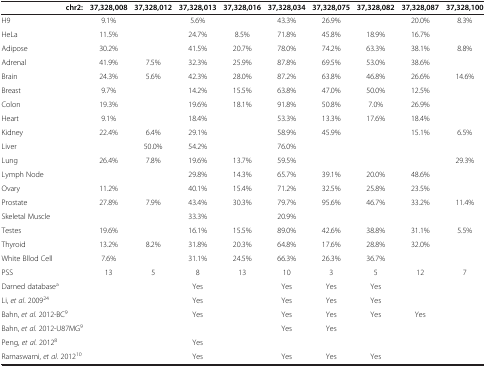
<table><thead><tr><td><b>chr2:</b></td><td><b>37,328,008</b></td><td><b>37,328,012</b></td><td><b>37,328,013</b></td><td><b>37,328,016</b></td><td><b>37,328,034</b></td><td><b>37,328,075</b></td><td><b>37,328,082</b></td><td><b>37,328,087</b></td><td><b>37,328,100</b></td></tr></thead><tbody><tr><td>H9</td><td>9.1%</td><td> </td><td>5.6%</td><td> </td><td>43.3%</td><td>26.9%</td><td> </td><td>20.0%</td><td>8.3%</td></tr><tr><td>HeLa</td><td>11.5%</td><td> </td><td>24.7%</td><td>8.5%</td><td>71.8%</td><td>45.8%</td><td>18.9%</td><td>16.7%</td><td> </td></tr><tr><td>Adipose</td><td>30.2%</td><td> </td><td>41.5%</td><td>20.7%</td><td>78.0%</td><td>74.2%</td><td>63.3%</td><td>38.1%</td><td>8.8%</td></tr><tr><td>Adrenal</td><td>41.9%</td><td>7.5%</td><td>32.3%</td><td>25.9%</td><td>87.8%</td><td>69.5%</td><td>53.0%</td><td>38.6%</td><td> </td></tr><tr><td>Brain</td><td>24.3%</td><td>5.6%</td><td>42.3%</td><td>28.0%</td><td>87.2%</td><td>63.8%</td><td>46.8%</td><td>26.6%</td><td>14.6%</td></tr><tr><td>Breast</td><td>9.7%</td><td> </td><td>14.2%</td><td>15.5%</td><td>63.8%</td><td>47.0%</td><td>50.0%</td><td>12.5%</td><td> </td></tr><tr><td>Colon</td><td>19.3%</td><td> </td><td>19.6%</td><td>18.1%</td><td>91.8%</td><td>50.8%</td><td>7.0%</td><td>26.9%</td><td> </td></tr><tr><td>Heart</td><td>9.1%</td><td> </td><td>18.4%</td><td> </td><td>53.3%</td><td>13.3%</td><td>17.6%</td><td>18.4%</td><td> </td></tr><tr><td>Kidney</td><td>22.4%</td><td>6.4%</td><td>29.1%</td><td> </td><td>58.9%</td><td>45.9%</td><td> </td><td>15.1%</td><td>6.5%</td></tr><tr><td>Liver</td><td> </td><td>50.0%</td><td>54.2%</td><td> </td><td>76.0%</td><td> </td><td> </td><td> </td><td> </td></tr><tr><td>Lung</td><td>26.4%</td><td>7.8%</td><td>19.6%</td><td>13.7%</td><td>59.5%</td><td> </td><td> </td><td> </td><td>29.3%</td></tr><tr><td>Lymph Node</td><td> </td><td> </td><td>29.8%</td><td>14.3%</td><td>65.7%</td><td>39.1%</td><td>20.0%</td><td>48.6%</td><td> </td></tr><tr><td>Ovary</td><td>11.2%</td><td> </td><td>40.1%</td><td>15.4%</td><td>71.2%</td><td>32.5%</td><td>25.8%</td><td>23.5%</td><td> </td></tr><tr><td>Prostate</td><td>27.8%</td><td>7.9%</td><td>43.4%</td><td>30.3%</td><td>79.7%</td><td>95.6%</td><td>46.7%</td><td>33.2%</td><td>11.4%</td></tr><tr><td>Skeletal Muscle</td><td> </td><td> </td><td>33.3%</td><td> </td><td>20.9%</td><td> </td><td> </td><td> </td><td> </td></tr><tr><td>Testes</td><td>19.6%</td><td> </td><td>16.1%</td><td>15.5%</td><td>89.0%</td><td>42.6%</td><td>38.8%</td><td>31.1%</td><td>5.5%</td></tr><tr><td>Thyroid</td><td>13.2%</td><td>8.2%</td><td>31.8%</td><td>20.3%</td><td>64.8%</td><td>17.6%</td><td>28.8%</td><td>32.0%</td><td> </td></tr><tr><td>White Bllod Cell</td><td>7.6%</td><td> </td><td>31.1%</td><td>24.5%</td><td>66.3%</td><td>26.3%</td><td>36.7%</td><td> </td><td> </td></tr><tr><td>PSS</td><td>13</td><td>5</td><td>8</td><td>13</td><td>10</td><td>3</td><td>5</td><td>12</td><td>7</td></tr><tr><td>Darned database<sup>a</sup></td><td> </td><td> </td><td>Yes</td><td> </td><td>Yes</td><td>Yes</td><td>Yes</td><td> </td><td> </td></tr><tr><td>Li, <i>et al</i>. 2009<sup>24</sup></td><td> </td><td> </td><td>Yes</td><td> </td><td>Yes</td><td>Yes</td><td>Yes</td><td> </td><td> </td></tr><tr><td>Bahn, <i>et al</i>. 2012-BC<sup>9</sup></td><td> </td><td> </td><td>Yes</td><td> </td><td>Yes</td><td>Yes</td><td>Yes</td><td>Yes</td><td> </td></tr><tr><td>Bahn, <i>et al</i>. 2012-U87MG<sup>9</sup></td><td> </td><td> </td><td> </td><td> </td><td>Yes</td><td>Yes</td><td> </td><td> </td><td> </td></tr><tr><td>Peng, <i>et al</i>. 2012<sup>8</sup></td><td> </td><td> </td><td>Yes</td><td> </td><td> </td><td> </td><td> </td><td> </td><td> </td></tr><tr><td>Ramaswami, <i>et al</i>. 2012<sup>10</sup></td><td> </td><td> </td><td>Yes</td><td> </td><td>Yes</td><td>Yes</td><td>Yes</td><td> </td><td> </td></tr></tbody></table>